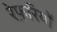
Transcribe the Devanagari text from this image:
रेफ़रियों